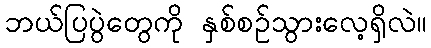
ဘယ်ပြပွဲတွေကို နှစ်စဉ်သွားလေ့ရှိလဲ။